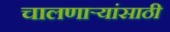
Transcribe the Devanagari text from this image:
चालणार्‍यांसाठी